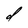
Character: d